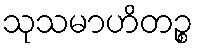
သုသမာဟိတဉ္စ